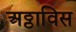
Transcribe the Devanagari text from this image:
अठ्ठाविस